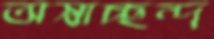
অস্বাচ্ছন্দ